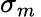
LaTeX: \sigma_{m}\,